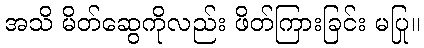
အသိ မိတ်ဆွေကိုလည်း ဖိတ်ကြားခြင်း မပြု။